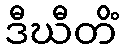
ဒီဃီတိံ